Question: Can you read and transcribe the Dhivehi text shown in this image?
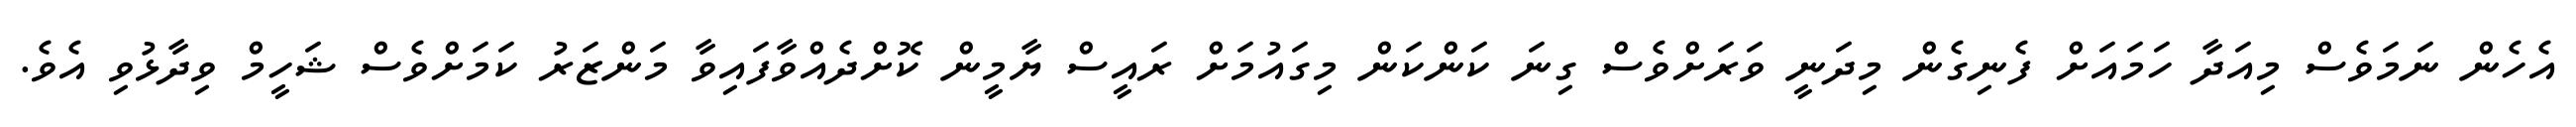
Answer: އެހެން ނަމަވެސް މިއަދާ ހަމައަށް ފެނިގެން މިދަނީ ވަރަށްވެސް ގިނަ ކަންކަން މިގައުމަށް ރައީސް ޔާމީން ކޮށްދެއްވާފައިވާ މަންޒަރު ކަމަށްވެސް ޝަހީމް ވިދާޅުވި އެވެ.